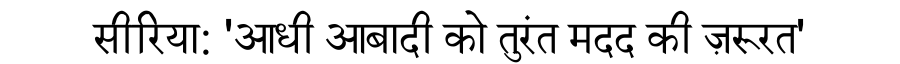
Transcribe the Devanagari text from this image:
सीरिया: 'आधी आबादी को तुरंत मदद की ज़रूरत'